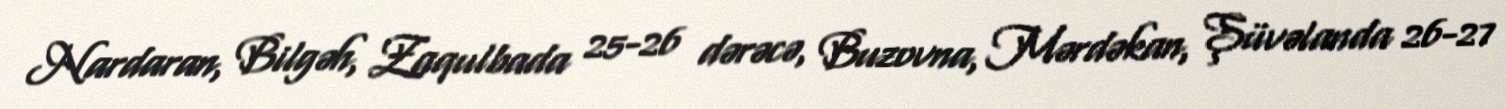
Nardaran, Bilgəh, Zaqulbada 25-26 dərəcə, Buzovna, Mərdəkan, Şüvəlanda 26-27